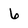
Character: 6